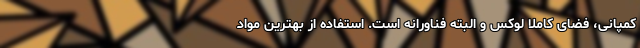
کمپانی، فضای کاملا لوکس و البته فناورانه است. استفاده از بهترین مواد